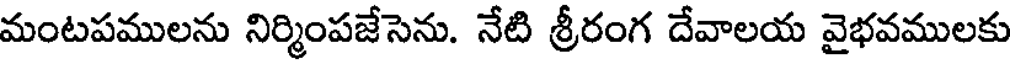
మంటపములను నిర్మింపజేసెను. నేటి శ్రీరంగ దేవాలయ వైభవములకు